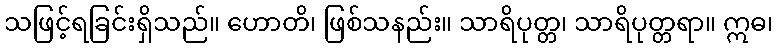
သဖြင့်ရခြင်းရှိသည်။ ဟောတိ၊ ဖြစ်သနည်း။ သာရိပုတ္တ၊ သာရိပုတ္တရာ။ ဣဓ၊